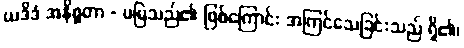
ယဒိဒံ အနိစ္စတာ - မမြဲသည်၏ ဖြစ်ကြောင်း အကြင်သေခြင်းသည် ရှိ၏၊